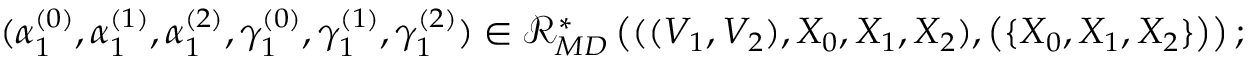
\begin{array} { r } { ( \alpha _ { 1 } ^ { ( 0 ) } , \alpha _ { 1 } ^ { ( 1 ) } , \alpha _ { 1 } ^ { ( 2 ) } , \gamma _ { 1 } ^ { ( 0 ) } , \gamma _ { 1 } ^ { ( 1 ) } , \gamma _ { 1 } ^ { ( 2 ) } ) \in \mathcal { R } _ { M D } ^ { * } \left( ( ( V _ { 1 } , V _ { 2 } ) , X _ { 0 } , X _ { 1 } , X _ { 2 } ) , \left( \{ X _ { 0 } , X _ { 1 } , X _ { 2 } \} \right) \right) ; } \end{array}